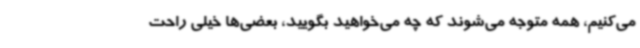
می‌کنیم، همه متوجه می‌شوند که چه می‌خواهید بگویید، بعضی‌ها خیلی راحت